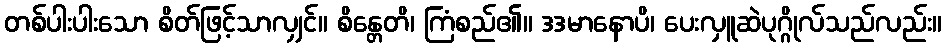
တစ်ပါးပါးသော စိတ်ဖြင့်သာလျှင်။ စိန္တေတိ၊ ကြံစည်၏။ ဒဒမာနောပိ၊ ပေးလှူဆဲပုဂ္ဂိုလ်သည်လည်း။